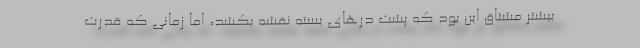
بیشتر مشتاق این بود که پشت درهای بسته نقشه بکشد، اما زمانی که قدرت